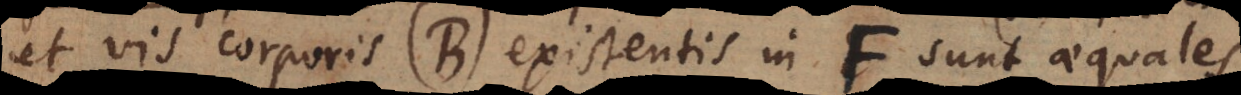
et vis corporis (B) existentis in F, sunt aequales.